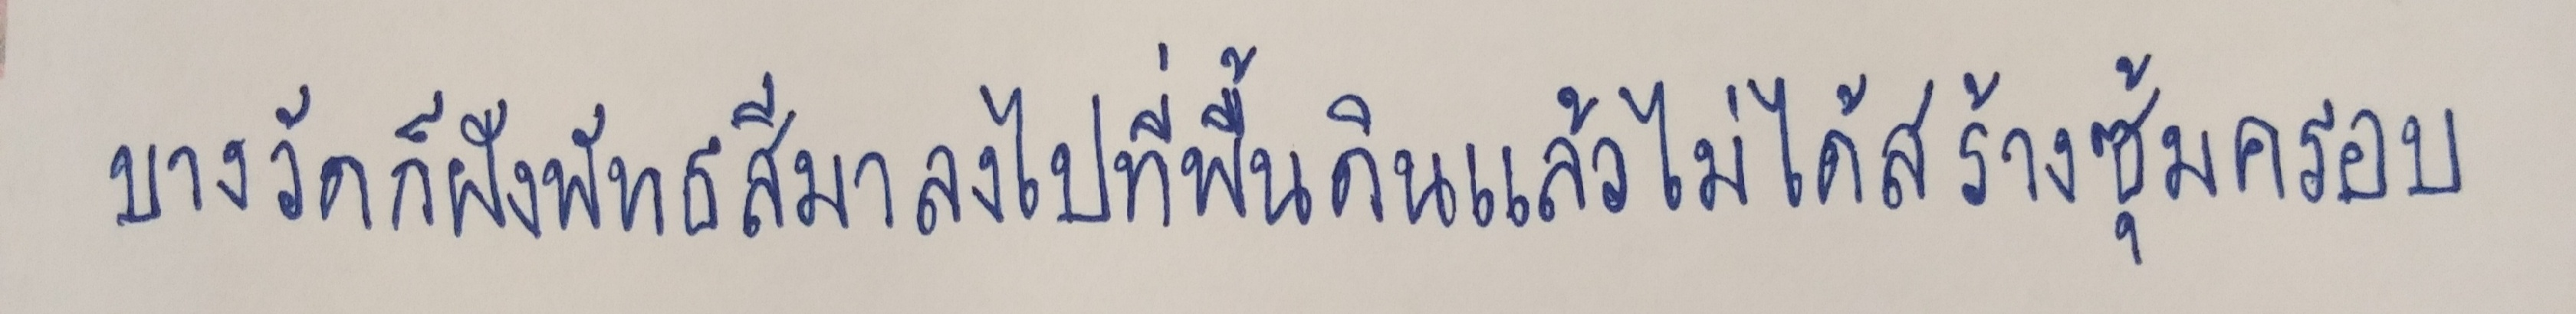
บางวัดก็ฝังพัทธสีมาลงไปที่พื้นดินแล้วไม่ได้สร้างซุ้มครอบ